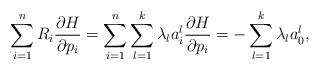
LaTeX: \begin{align*}\sum_{i=1}^n R_i\frac{\partial H}{\partial p_i}=\sum_{i=1}^n\sum_{l=1}^k \lambda_l a_i^l \frac{\partial H}{\partial p_i}=-\sum_{l=1}^k \lambda_l a_0^l,\end{align*}